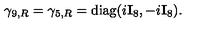
\gamma _ { 9 , R } = \gamma _ { 5 , R } = { \mathrm { d i a g } } ( i { \bf I } _ { 8 } , - i { \bf I } _ { 8 } ) .